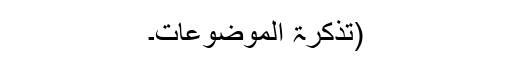
(تذکرۃ الموضوعات۔